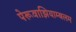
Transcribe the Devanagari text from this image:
पेरूवाझियाम्बलम